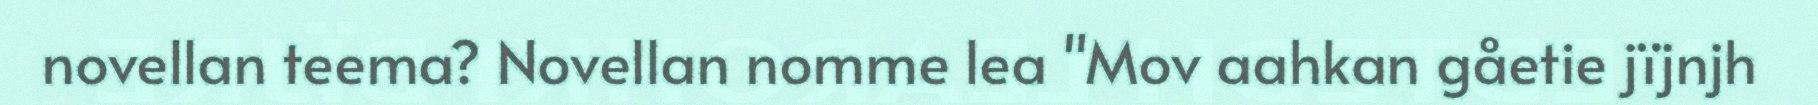
novellan teema? Novellan nomme lea "Mov aahkan gåetie jïjnjh